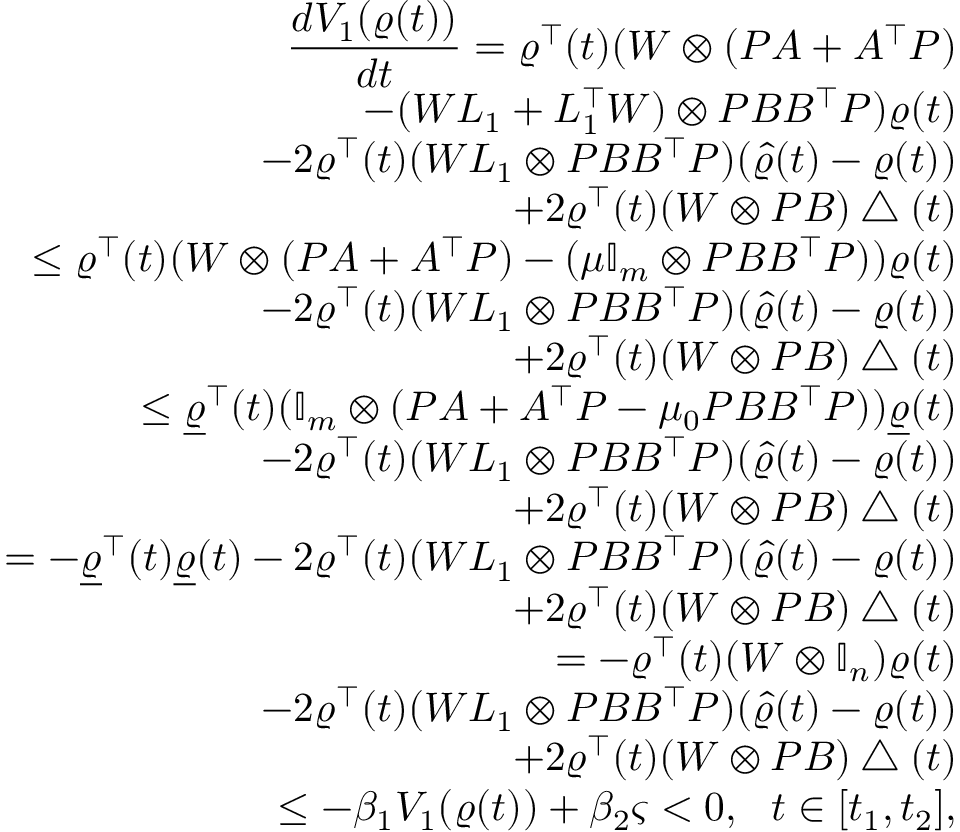
\begin{array} { r l r } & { } & { \displaystyle \frac { d V _ { 1 } ( \varrho ( t ) ) } { d t } = \varrho ^ { \top } ( t ) ( W \otimes ( P A + A ^ { \top } P ) } \\ & { } & { \displaystyle - ( W L _ { 1 } + L _ { 1 } ^ { \top } W ) \otimes P B B ^ { \top } P ) \varrho ( t ) } \\ & { } & { \displaystyle - 2 \varrho ^ { \top } ( t ) ( W L _ { 1 } \otimes P B B ^ { \top } P ) ( \hat { \varrho } ( t ) - \varrho ( t ) ) } \\ & { } & { \displaystyle + 2 \varrho ^ { \top } ( t ) ( W \otimes P B ) \bigtriangleup ( t ) } \\ & { } & { \displaystyle \leq \varrho ^ { \top } ( t ) ( W \otimes ( P A + A ^ { \top } P ) - ( \mu \mathbb { I } _ { m } \otimes P B B ^ { \top } P ) ) \varrho ( t ) } \\ & { } & { \displaystyle - 2 \varrho ^ { \top } ( t ) ( W L _ { 1 } \otimes P B B ^ { \top } P ) ( \hat { \varrho } ( t ) - \varrho ( t ) ) } \\ & { } & { \displaystyle + 2 \varrho ^ { \top } ( t ) ( W \otimes P B ) \bigtriangleup ( t ) } \\ & { } & { \displaystyle \leq \underline { { \varrho } } ^ { \top } ( t ) ( \mathbb { I } _ { m } \otimes ( P A + A ^ { \top } P - \mu _ { 0 } P B B ^ { \top } P ) ) \underline { { \varrho } } ( t ) } \\ & { } & { \displaystyle - 2 \varrho ^ { \top } ( t ) ( W L _ { 1 } \otimes P B B ^ { \top } P ) ( \hat { \varrho } ( t ) - \varrho ( t ) ) } \\ & { } & { \displaystyle + 2 \varrho ^ { \top } ( t ) ( W \otimes P B ) \bigtriangleup ( t ) } \\ & { } & { \displaystyle = - \underline { { \varrho } } ^ { \top } ( t ) \underline { { \varrho } } ( t ) - 2 \varrho ^ { \top } ( t ) ( W L _ { 1 } \otimes P B B ^ { \top } P ) ( \hat { \varrho } ( t ) - \varrho ( t ) ) } \\ & { } & { \displaystyle + 2 \varrho ^ { \top } ( t ) ( W \otimes P B ) \bigtriangleup ( t ) } \\ & { } & { \displaystyle = - \varrho ^ { \top } ( t ) ( W \otimes \mathbb { I } _ { n } ) \varrho ( t ) } \\ & { } & { \displaystyle - 2 \varrho ^ { \top } ( t ) ( W L _ { 1 } \otimes P B B ^ { \top } P ) ( \hat { \varrho } ( t ) - \varrho ( t ) ) } \\ & { } & { \displaystyle + 2 \varrho ^ { \top } ( t ) ( W \otimes P B ) \bigtriangleup ( t ) } \\ & { } & { \displaystyle \leq - \beta _ { 1 } V _ { 1 } ( \varrho ( t ) ) + \beta _ { 2 } \varsigma < 0 , ~ ~ t \in [ t _ { 1 } , t _ { 2 } ] , } \end{array}